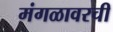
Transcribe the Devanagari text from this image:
मंगळावरची